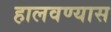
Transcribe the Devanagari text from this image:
हालवण्यास